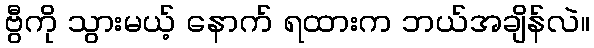
ဗွီကို သွားမယ့် နောက် ရထားက ဘယ်အချိန်လဲ။